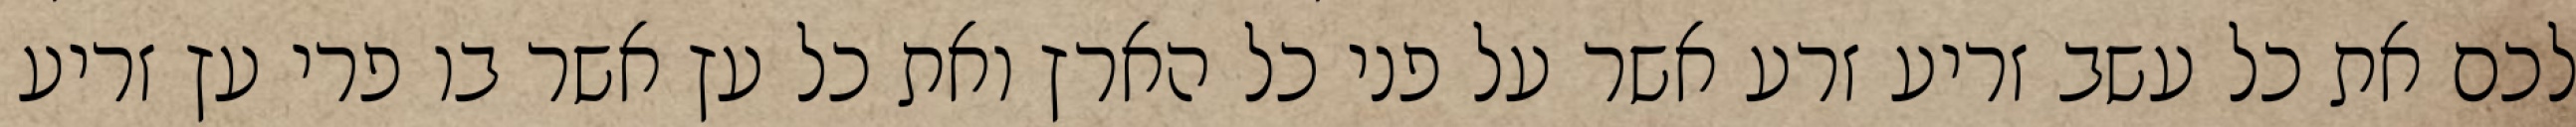
לכם את כל עשב זריע זרע אשר על פני כל הארץ ואת כל עץ אשר בו פרי עץ זריע